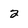
Character: 2